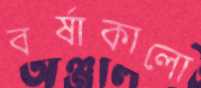
বর্ষাকালো